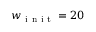
w _ { \mathrm { ~ i ~ n ~ i ~ t ~ } } = 2 0